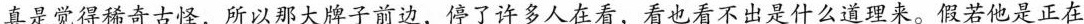
真是觉得希奇古怪，所以那大牌子前边，停了许多人在看，看也看不出是什么道理来。假若他是正在